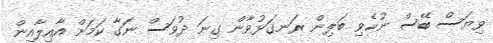
ވިޔަސް ބޭސް ނުކެވި ބަލިން ރަނގަޅުވާން ގިނަ ދުވަސް ނަގާ ކަމަށް އާއިލާއިން